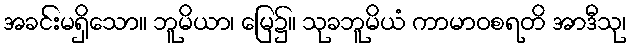
အခင်းမရှိသော။ ဘူမိယာ၊ မြေ၌။ သုခဘူမိယံ ကာမာဝစရတိ အာဒီသု၊